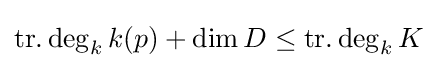
\operatorname {tr.deg} _{k}k(p)+\dim D\leq \operatorname {tr.deg} _{k}K